Report on enteric fever
Disease focus: Fever
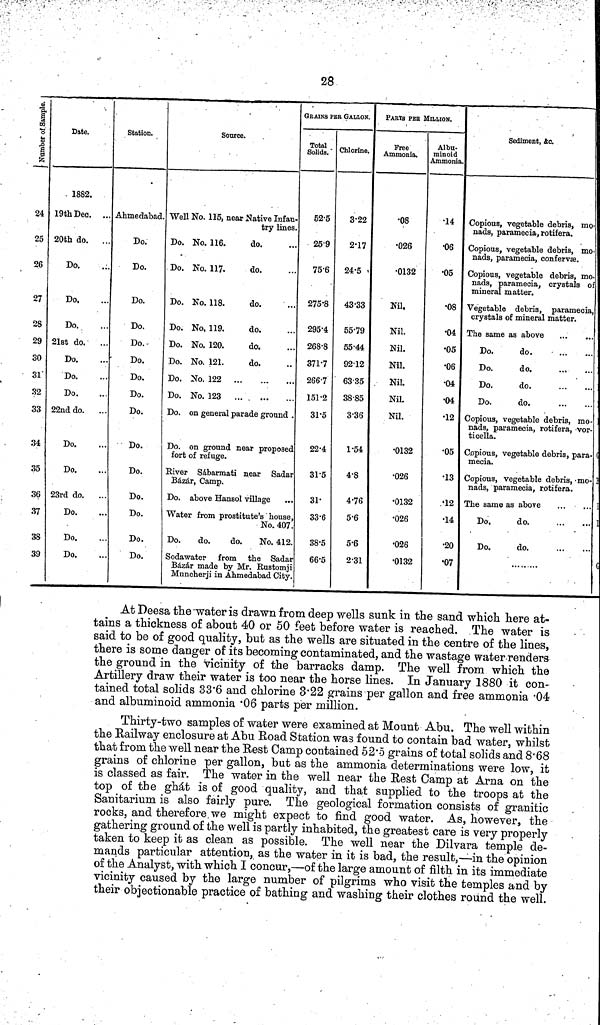
28
Number of Sample.
24
25
26
27
28
29
30
31
32
33
34
35
36
37
38
39
Date.
1882.
19th Dec. ...
20th do.
...
Do.
Do.
Do.
21st do.
Do.
Do.
Do.
22nd do.
Do.
Do.
23rd do.
Do.
Do.
Do.
Station.
Ahmedabad.
Do.
Do.
Do.
Do.
Do.
Do.
Do.
Do.
Do.
Do.
Do.
Do.
Do.
Do.
Do.
Source.
Well No. 115, near Native Infan-
try lines.
Do. No. 116.
do.
Do. No. 117.
do.
Do. No. 118.
do.
Do. No, 119.
do.
Do. No. 120.
do.
Do. No. 121.
do.
Do. No. 122
Do. No. 123
Do. on general parade ground .
Do. on ground near proposed
fort of refuge.
River Sábarmati near Sadar
Bázár, Camp.
Do. above Hansol village
Water from prostitute's house
No. 407
Do.
do.
do.
No. 412
Sodawater from the Sadar
Bázár made by Mr. Rustomji
Muncherji in Ahmedabad City
GRAINS PER GALLON.
Total
Solids.
52·5
25·9
75·6
275 8
295·4
268·8
371·7
266 7
151·2
31·5
22·4
31·5
31·
33·6
38·5
66·5
Chlorine.
3·22
2·17
24·5
43·33
55·79
55·44
92·12
63 35
38·85
3·36
1·54
4·8
4·76
5·6
5·6
2·31
PARTS PER MILLION.
Free
Ammonia.
08
026
0132
Nil,
Nil.
Nil.
Nil.
Nil.
Nil.
Nil.
0132
026
0132
026
026
0132
Albu-
minoid
Ammonia.
14
06
05
08
04
05
06
04
04
12
05
13
· 12
14
20
07
Sediment, &c.
Copious, vegetable debris, mo-
nads, paramecia, rotifera.
Copious, vegetable debris, mo-
nads, paramecia, confervæ.
Copious, vegetable debris, mo-
nads, paramecia, crystals of
mineral matter.
Vegetable debris, paramecia,
crystals of mineral matter.
The same as above
Do.
do.
Do.
do.
Do.
do.
Do.
do.
Copious, vegetable debris, mo-
nads, paramecia, rotifera, vor-
ticella.
Copious, vegetable debris, para-
mecia.
Copious, vegetable debris, mo-
nads, paramecia, rotifera.
The same as above
Do,
do.
Do.
do.
At Deesa the water is drawn from deep wells sunk in the sand which here at-
tains a thickness of about 40 or 50 feet before water is reached. The water is
said to be of good quality, but as the wells are situated in the centre of the lines,
there is some danger of its becoming contaminated, and the wastage water renders
the ground in the vicinity of the barracks damp. The well from which the
Artillery draw their water is too near the horse lines. In January 1880 it con-
tained total solids 33 6 and chlorine 3 22 grains per gallon and free ammonia 04
and albuminoid ammonia 06 parts per million.
Thirty-two samples of water were examined at Mount Abu. The well within
the Railway enclosure at Abu Road Station was found to contain bad water, whilst
that from the well near the Rest Camp contained 52 5 grains of total solids and 8 68
grains of chlorine per gallon, but as the ammonia determinations were low, it
is classed as fair. The water in the well near the Rest Camp at Arna on the
top of the ghat is of good quality, and that supplied to the troops at the
Sanitarium is also fairly pure. The geological formation consists of granitic
rocks, and therefore we might expect to find good water. As, however, the
gathering ground of the well is partly inhabited, the greatest care is very properly
taken to keep it as clean as possible. The well near the Dilvara temple de-
mands particular attention, as the water in it is bad, the result,—in the opinion
of the Analyst, with which I concur,—of the large amount of filth in its immediate
vicinity caused by the large number of pilgrims who visit the temples and by
their objectionable practice of bathing and washing their clothes round the well.